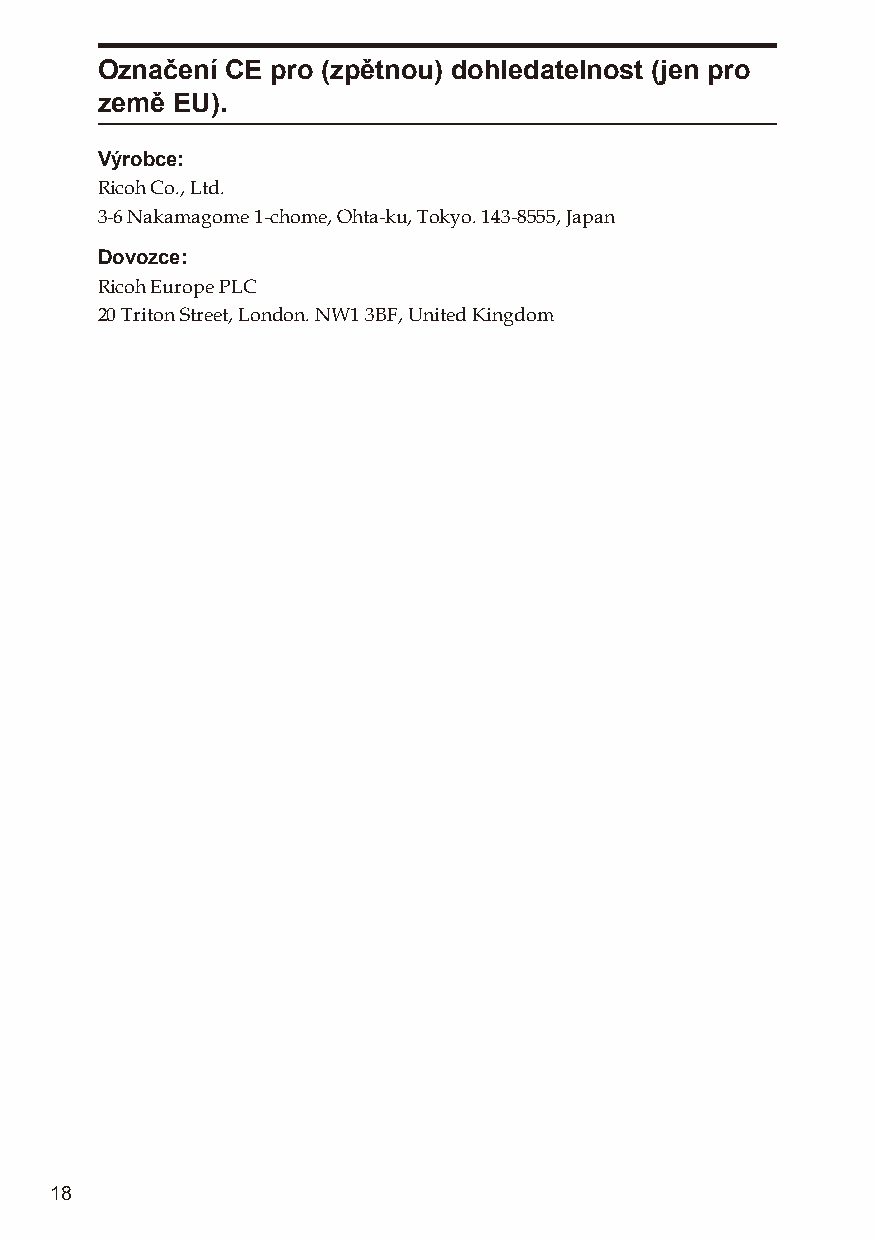
Označení CE pro (zpětnou) dohledatelnost (jen pro
 země EU).
 Výrobce:
 Ricoh Co., Ltd.
 3-6 Nakamagome 1-chome, Ohta-ku, Tokyo. 143-8555, Japan
 Dovozce:
 Ricoh Europe PLC
 20 Triton Street, London. NW1 3BF, United Kingdom
 18